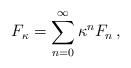
LaTeX: \begin{align*}\begin{aligned}F_\kappa = \sum_{n = 0}^\infty \kappa^n F_n \,,\end{aligned}\end{align*}